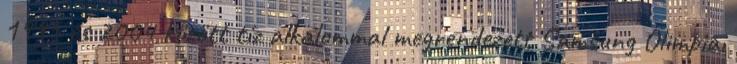
1995 és 2004 között tíz alkalommal megrendezett Samsung Olimpiai